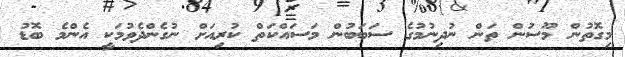
މިގޮތުން މޫސުން ތަން ނުދިނުމުގެ ސަބަބުން މަސައްކަތް ކުރިއަށް ނުގެންދެވުމަކީ އެންމެ ބޮޑު